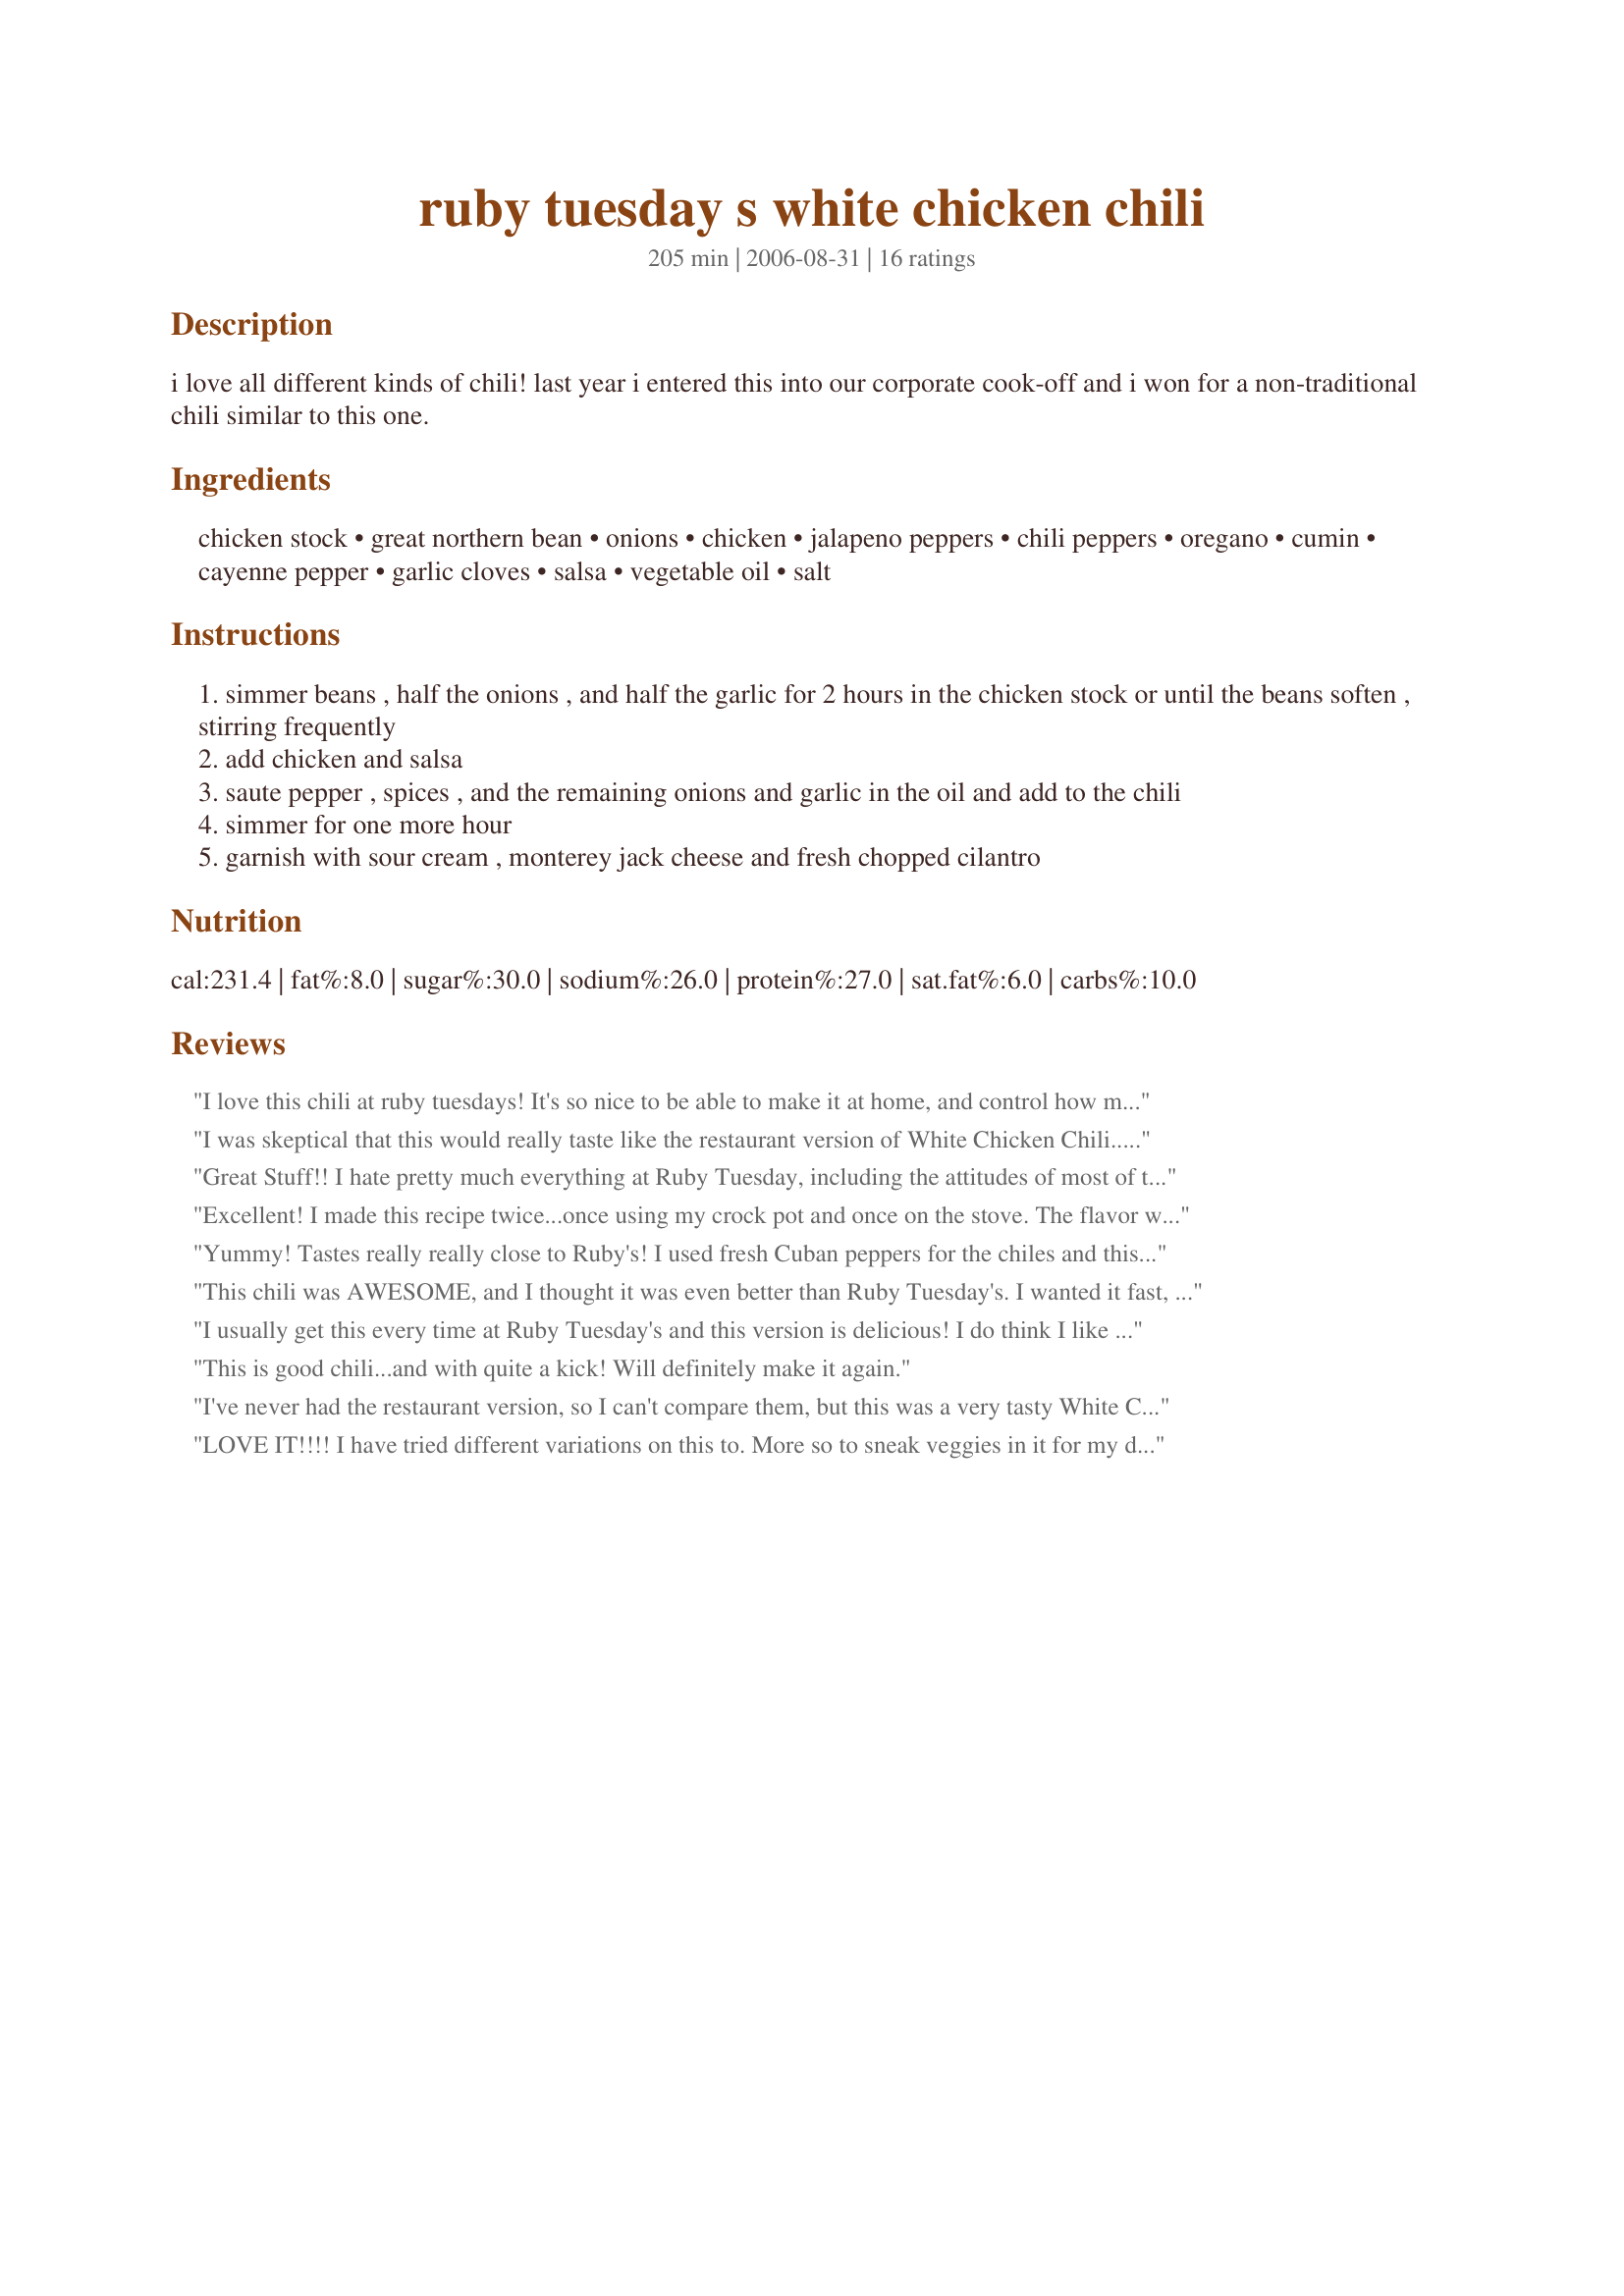
ruby tuesday s white chicken chili
Preparation time: 205 minutes

i love all different kinds of chili! last year i entered this into our corporate cook-off and i won for a non-traditional chili similar to this one.

Ingredients:
chicken stock, great northern bean, onions, chicken, jalapeno peppers, chili peppers, oregano, cumin, cayenne pepper, garlic cloves, salsa, vegetable oil, salt

Steps:
simmer beans , half the onions , and half the garlic for 2 hours in the chicken stock or until the beans soften , stirring frequently
add chicken and salsa
saute pepper , spices , and the remaining onions and garlic in the oil and add to the chili
simmer for one more hour
garnish with sour cream , monterey jack cheese and fresh chopped cilantro

Reviews:
I love this chili at ruby tuesdays! It's so nice to be able to make it at home, and control how much sodium really goes in it.
I was skeptical that this would really taste like the restaurant version of White Chicken Chili....but I was pleasantly surprised. I followed the recipe exactly - other than using canned chiles for the chili peppers - and it was GREAT! Thanks for sharing.
Great Stuff!! I hate pretty much everything at Ruby Tuesday, including the attitudes of most of the servers, except the chicken chili, and now I can make it myself!! YAYYY!! I doubled the recipe for our large family of 7 good eaters and they love it! I used about 15-16 c chicken broth and let it simmer down with the lid off. Gave it a great rich flavor. I also used three serrano chilies seeded, as they're my favorite. Thanks for an awesome recipe!!
Excellent! I made this recipe twice...once using my crock pot and once on the stove. The flavor was wonderful both times, but the stove version was better by far. In the crock pot, after 8 hours on "low" the beans remained pretty hard and I had to finish the chili on the stove. The second time, I followed the cooking directions and it came out much better! I had wanted a thick chili, so I pureed about a cup of the cooked beans and returned them to the pot. When I added the chicken, it became too thick, so I added about 6 more cups of broth. It was wonderful.
Yummy! Tastes really really close to Ruby's! I used fresh Cuban peppers for the chiles and this turned out great! Would also be good using Poblanos...maybe next time!
This chili was AWESOME, and I thought it was even better than Ruby Tuesday's. I wanted it fast, so I used canned great northern beans and prechopped jalapenos. I replaced the chili peppers with a small can of chopped chilies. It was excellent, and it also freezes well. I just finished the last of my first batch, so I plan on making it again tomorrow.
I usually get this every time at Ruby Tuesday's and this version is delicious! I do think I like it even better. Very flavorful and so simple with leftover chicken. Thanks for sharing!
This is good chili...and with quite a kick! Will definitely make it again.
I've never had the restaurant version, so I can't compare them, but this was a very tasty White Chicken Chili! I scaled this down to make two lunch portions, which were quickly devoured. Thanks Cooks4_6!
LOVE IT!!!! I have tried different variations on this to. More so to sneak veggies in it for my daughter... hubby too, (shhhh dont tell) I added carrots, celery and any other veggies i want to use up that are in the fridge. I even added yellow squash, and zoo-chin-knee *what my daughter calls it* Its soo good, it keeps well adn freezes well too. Its great to serve with tostios chips too.
Great Recipe. I won a chili contest with it. I gave you all the credit. :)
Awesome was not the word for this chili. I don't like chili or even the word...but this one made me want more! It was better than Ruby Tuesday's. Thanks for the great recipe and pass this one along to everyone you know!
I tried this chili and was very pleased. It is delicious. The only thing I did differently is omit the jalapenos and I added a dash or 2 of Franks Red Hot Sauce and added some Monterey Jack to the pot. It was still very good.
We all loved this, was a nice change from regular chili. Thank you for a new great dish!
the taste is great and very filling. good with cornbread. canned beans work good also.for dried beans i do the fast soak. place beans in pot, rinse, add 6 cups water, boil 2 mins. cover turn off heat, let sit 1 hour rinse
This was fantastic, I substituted dice green chilis for the chili peppers other than that I used the recipe. Excellent
